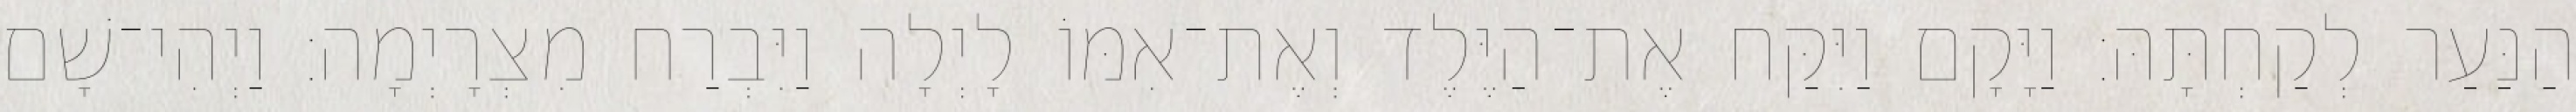
הַנַּעַר לְקַחְתָּהּ׃ וַיָּקָם וַיִּקַּח אֶת־הַיֶּלֶד וְאֶת־אִמּוֹ לָיְלָה וַיִּבְרַח מִצְרָיְמָה׃ וַיְהִי־שָׁם